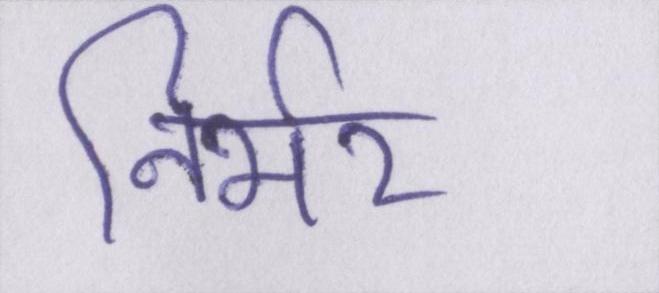
निर्भर